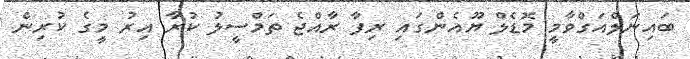
ބައިނަލްއަގްވާމީ މޮޑެލް ޔޫއެންގައި ރިފާ ރާއްޖެ ތަމްސީލު ކުރާ އިރު މީގެ ކުރިން